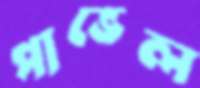
পাভেল